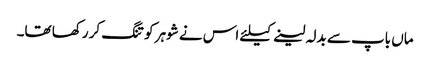
ماں باپ سے بدلہ لینے کیلئے اس نے شوہر کو تنگ کر رکھا تھا۔